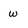
Character: w